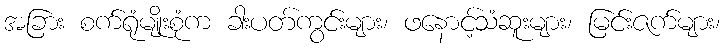
အခြား စက်ရုံမျိုးစုံက ခါးပတ်ကွင်းများ၊ ဖနောင့်သံဆူးများ၊ မြင်းဇက်များ၊